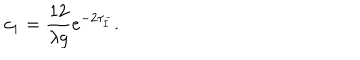
c _ { 1 } = \frac { 1 2 } { \lambda g } e ^ { - 2 \tau _ { \bar { I } } } .